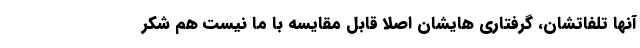
آنها تلفاتشان، گرفتاری هایشان اصلاً قابل مقایسه با ما نیست هم شکر